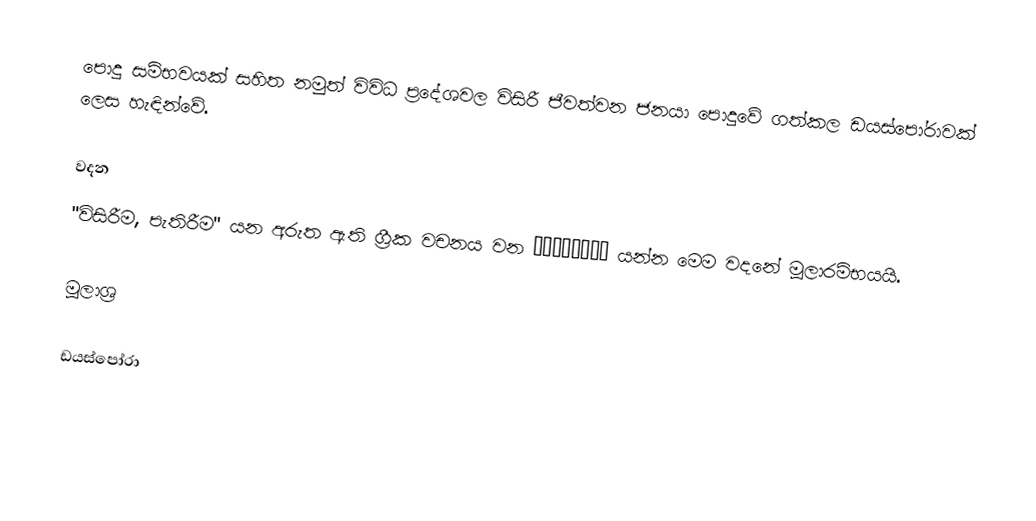
පොදු සම්භවයක් සහිත නමුත් විවිධ ප්‍රදේශවල විසිරී ජීවත්වන ජනයා පොදුවේ ගත්කල ඩයස්පෝරාවක් ලෙස හැඳින්වේ.

වදන
"විසිරීම, පැතිරීම" යන අරුත ඇති ග්‍රීක වචනය වන διασπορά යන්න මෙම වදනේ මූලාරම්භයයි.

මූලාශ්‍ර

ඩයස්පෝරා